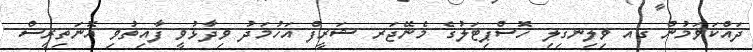
ދައްކަވަމުން ގއ ވިލިނގިލި ހޮސްޕިޓަލުގެ މެނޭޖަރ ޝަރީފް އަހުމަދު ވިދާޅުވީ ފާއިތުވި އޮނަތިރީސް